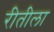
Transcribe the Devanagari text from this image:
रीतीला